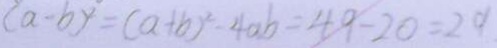
( a - b ) ^ { 2 } = ( a + b ) ^ { 2 } - 4 a b = 4 9 - 2 0 = 2 9